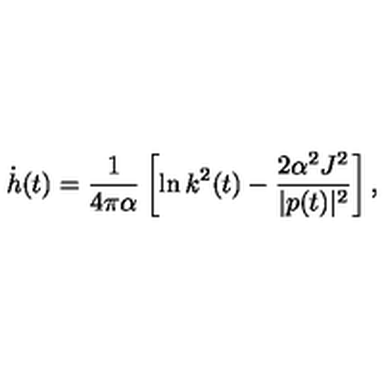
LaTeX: \dot { h } ( t ) = \frac { 1 } { 4 \pi \alpha } \left[ \ln k ^ { 2 } ( t ) - \frac { 2 \alpha ^ { 2 } J ^ { 2 } } { | p ( t ) | ^ { 2 } } \right] ,